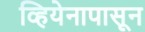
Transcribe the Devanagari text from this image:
व्हियेनापासून